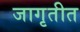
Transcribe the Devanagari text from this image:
जागृतीत